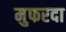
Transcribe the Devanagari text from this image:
मुफरदा